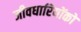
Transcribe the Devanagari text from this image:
जीवधारियोंको